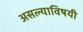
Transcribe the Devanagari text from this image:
असल्याविषयी